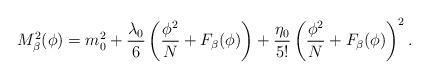
LaTeX: \begin{align*}M^2_{\beta}(\phi)=m^2_0+\frac{\lambda_0}{6}\left( \frac{\phi^2}{N}+F_{\beta}(\phi)\right)+ \frac{\eta_0}{5!} \left( \frac{\phi^2}{N}+F_{\beta}(\phi)\right)^2. \end{align*}